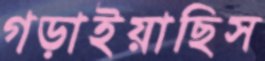
গড়াইয়াছিস